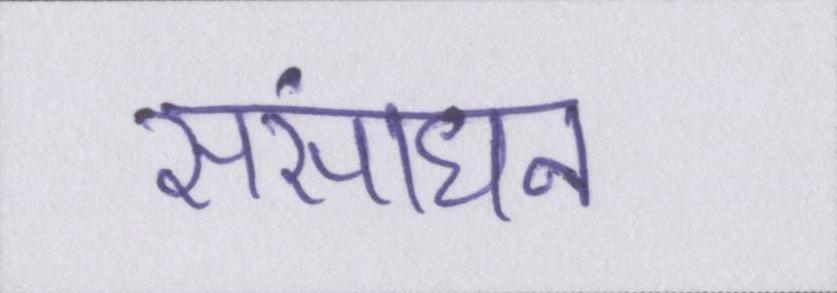
संसाधन